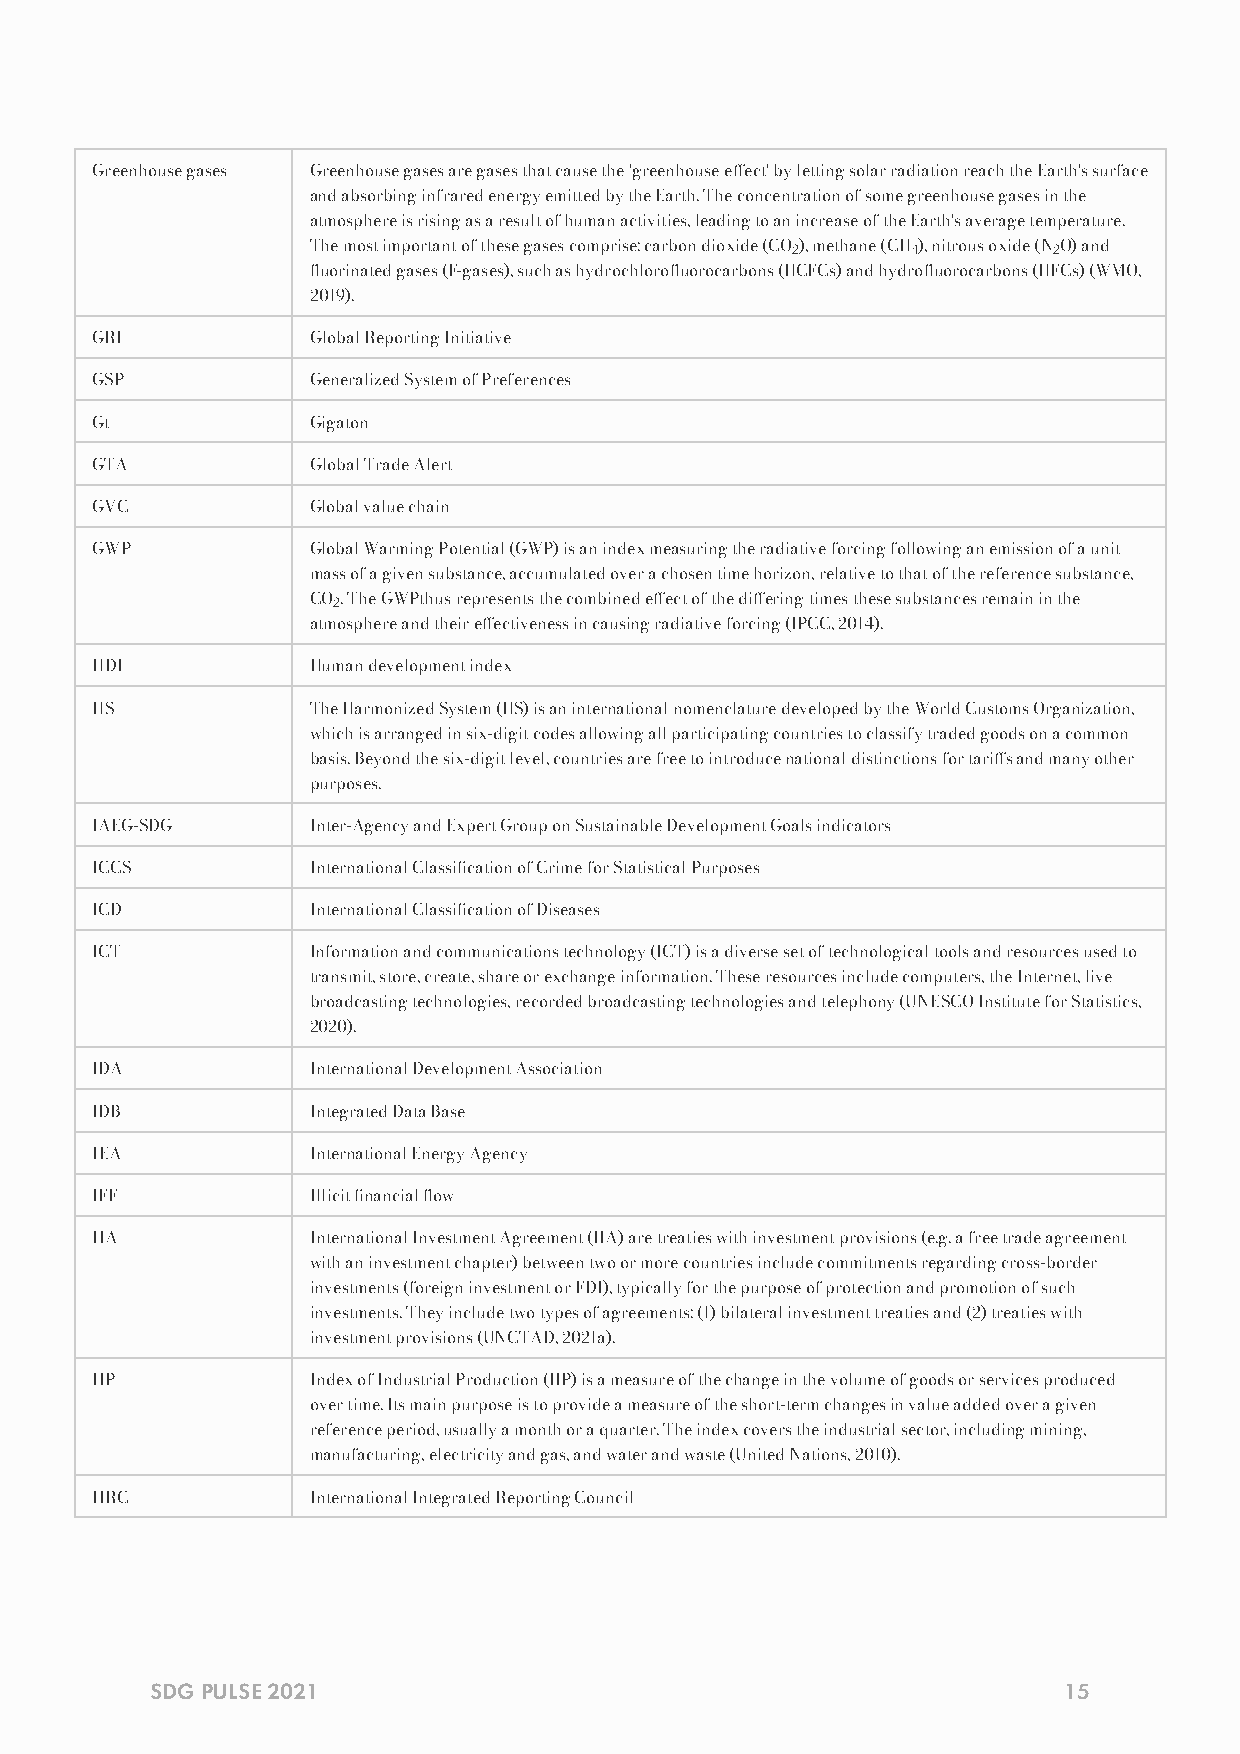
Greenhouse gases Greenhouse gases are gases that cause the 'greenhouse eect' by letting solar radiation reach the Earth's surface
 and absorbing infrared energy emitted by the Earth. The concentration of some greenhouse gases in the
 atmosphere is rising as a result of human activities, leading to an increase of the Earth's average temperature.
 The most important of these gases comprise: carbon dioxide (CO2), methane (CH4), nitrous oxide (N2O) and
 uorinated gases (F-gases), such as hydrochlorouorocarbons (HCFCs) and hydrouorocarbons (HFCs) (WMO,
 2019).
 GRI           Global Reporting Initiative
 GSP           Generalized System of Preferences
 Gt            Gigaton
 GTA           Global Trade Alert
 GVC           Global value chain
 GWP           Global Warming Potential (GWP) is an index measuring the radiative forcing following an emission of a unit
 mass of a given substance, accumulated over a chosen time horizon, relative to that of the reference substance,
 CO2. The GWPthus represents the combined eect of the diering times these substances remain in the
 atmosphere and their eectiveness in causing radiative forcing (IPCC, 2014).
 HDI           Human development index
 HS            The Harmonized System (HS) is an international nomenclature developed by the World Customs Organization,
 which is arranged in six-digit codes allowing all participating countries to classify traded goods on a common
 basis. Beyond the six-digit level, countries are free to introduce national distinctions for taris and many other
 purposes.
 IAEG-SDG      Inter-Agency and Expert Group on Sustainable Development Goals indicators
 ICCS          International Classication of Crime for Statistical Purposes
 ICD           International Classication of Diseases
 ICT           Information and communications technology (ICT) is a diverse set of technological tools and resources used to
 transmit, store, create, share or exchange information. These resources include computers, the Internet, live
 broadcasting technologies, recorded broadcasting technologies and telephony (UNESCO Institute for Statistics,
 2020).
 IDA           International Development Association
 IDB           Integrated Data Base
 IEA           International Energy Agency
 IFF           Illicit nancial ow
 IIA           International Investment Agreement (IIA) are treaties with investment provisions (e.g. a free trade agreement
 with an investment chapter) between two or more countries include commitments regarding cross-border
 investments (foreign investment or FDI), typically for the purpose of protection and promotion of such
 investments. They include two types of agreements: (1) bilateral investment treaties and (2) treaties with
 investment provisions (UNCTAD, 2021a).
 IIP           Index of Industrial Production (IIP) is a measure of the change in the volume of goods or services produced
 over time. Its main purpose is to provide a measure of the short-term changes in value added over a given
 reference period, usually a month or a quarter. The index covers the industrial sector, including mining,
 manufacturing, electricity and gas, and water and waste (United Nations, 2010).
 IIRC          International Integrated Reporting Council
 SDG PULSE 2021                                              15